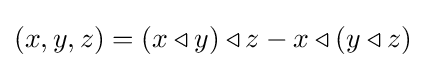
(x,y,z)=(x\triangleleft y)\triangleleft z-x\triangleleft (y\triangleleft z)